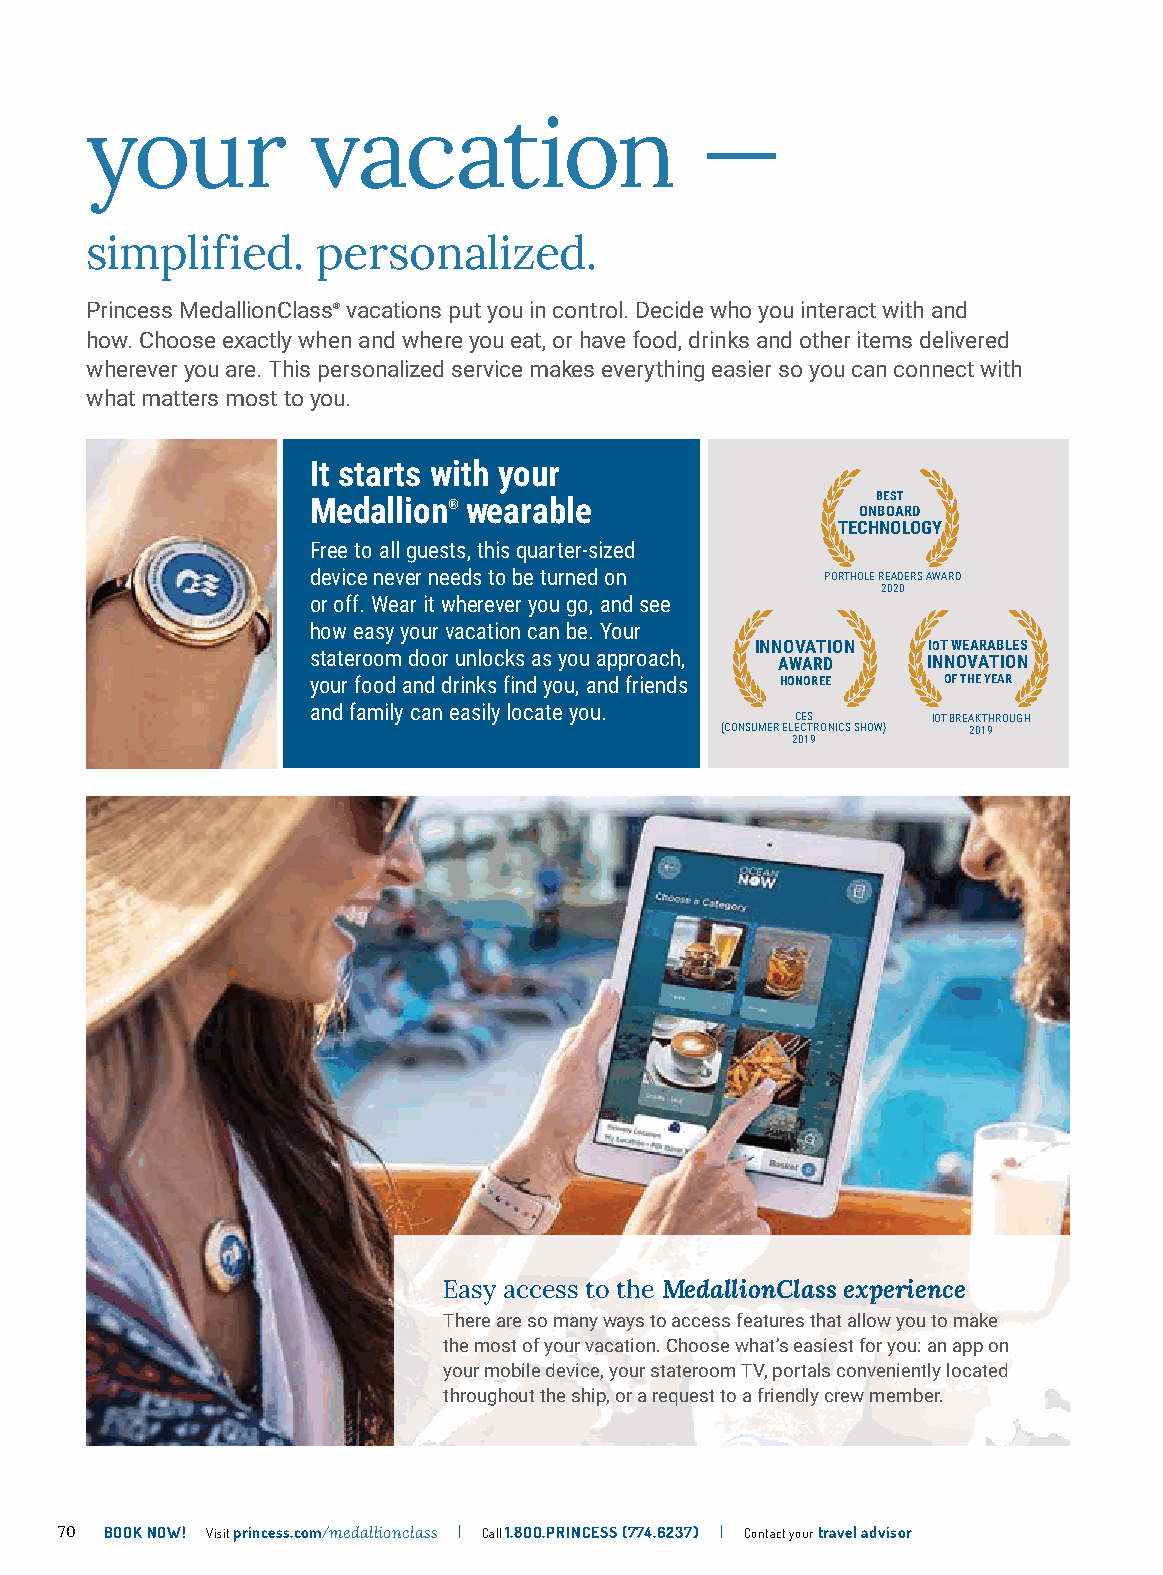
your           vacation                 —
 simplified.    personalized.
 Princess MedallionClass® vacations put you in control. Decide who you interact with and
 how. Choose exactly when and where you eat, or have food, drinks and other items delivered
 wherever you are. This personalized service makes everything easier so you can connect with
 what matters most to you.
 It starts with your
 Medallion® wearable                  BEST
 ONBOARD
 TECHNOLOGY
 Free to all guests, this quarter-sized
 device never needs to be turned on PORTHOLE READERS AWARD
 2020
 or off. Wear it wherever you go, and see
 how easy your vacation can be. Your
 INNOVATION IOT WEARABLES
 stateroom door unlocks as you approach, AWARD INNOVATION
 your food and drinks find you, and friends HONOREE OF THE YEAR
 and family can easily locate you.
 CES      IOT BREAKTHROUGH
 (CONSUMER ELECTRONICS SHOW) 2019
 2019
 Easy access to the MedallionClass experience
 There are so many ways to access features that allow you to make
 the most of your vacation. Choose what’s easiest for you: an app on
 your mobile device, your stateroom TV, portals conveniently located
 throughout the ship, or a request to a friendly crew member.
 70 BOOK NOW! Visit princess.com/medallionclass | Call 1.8OO.PRINCESS (774.6237) | Contact your travel advisor